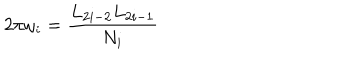
2 \pi \omega _ { i } = \frac { L _ { 2 i - 2 } L _ { 2 i - 1 } } { N _ { i } }